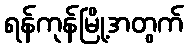
ရန်ကုန်မြို့အတွက်